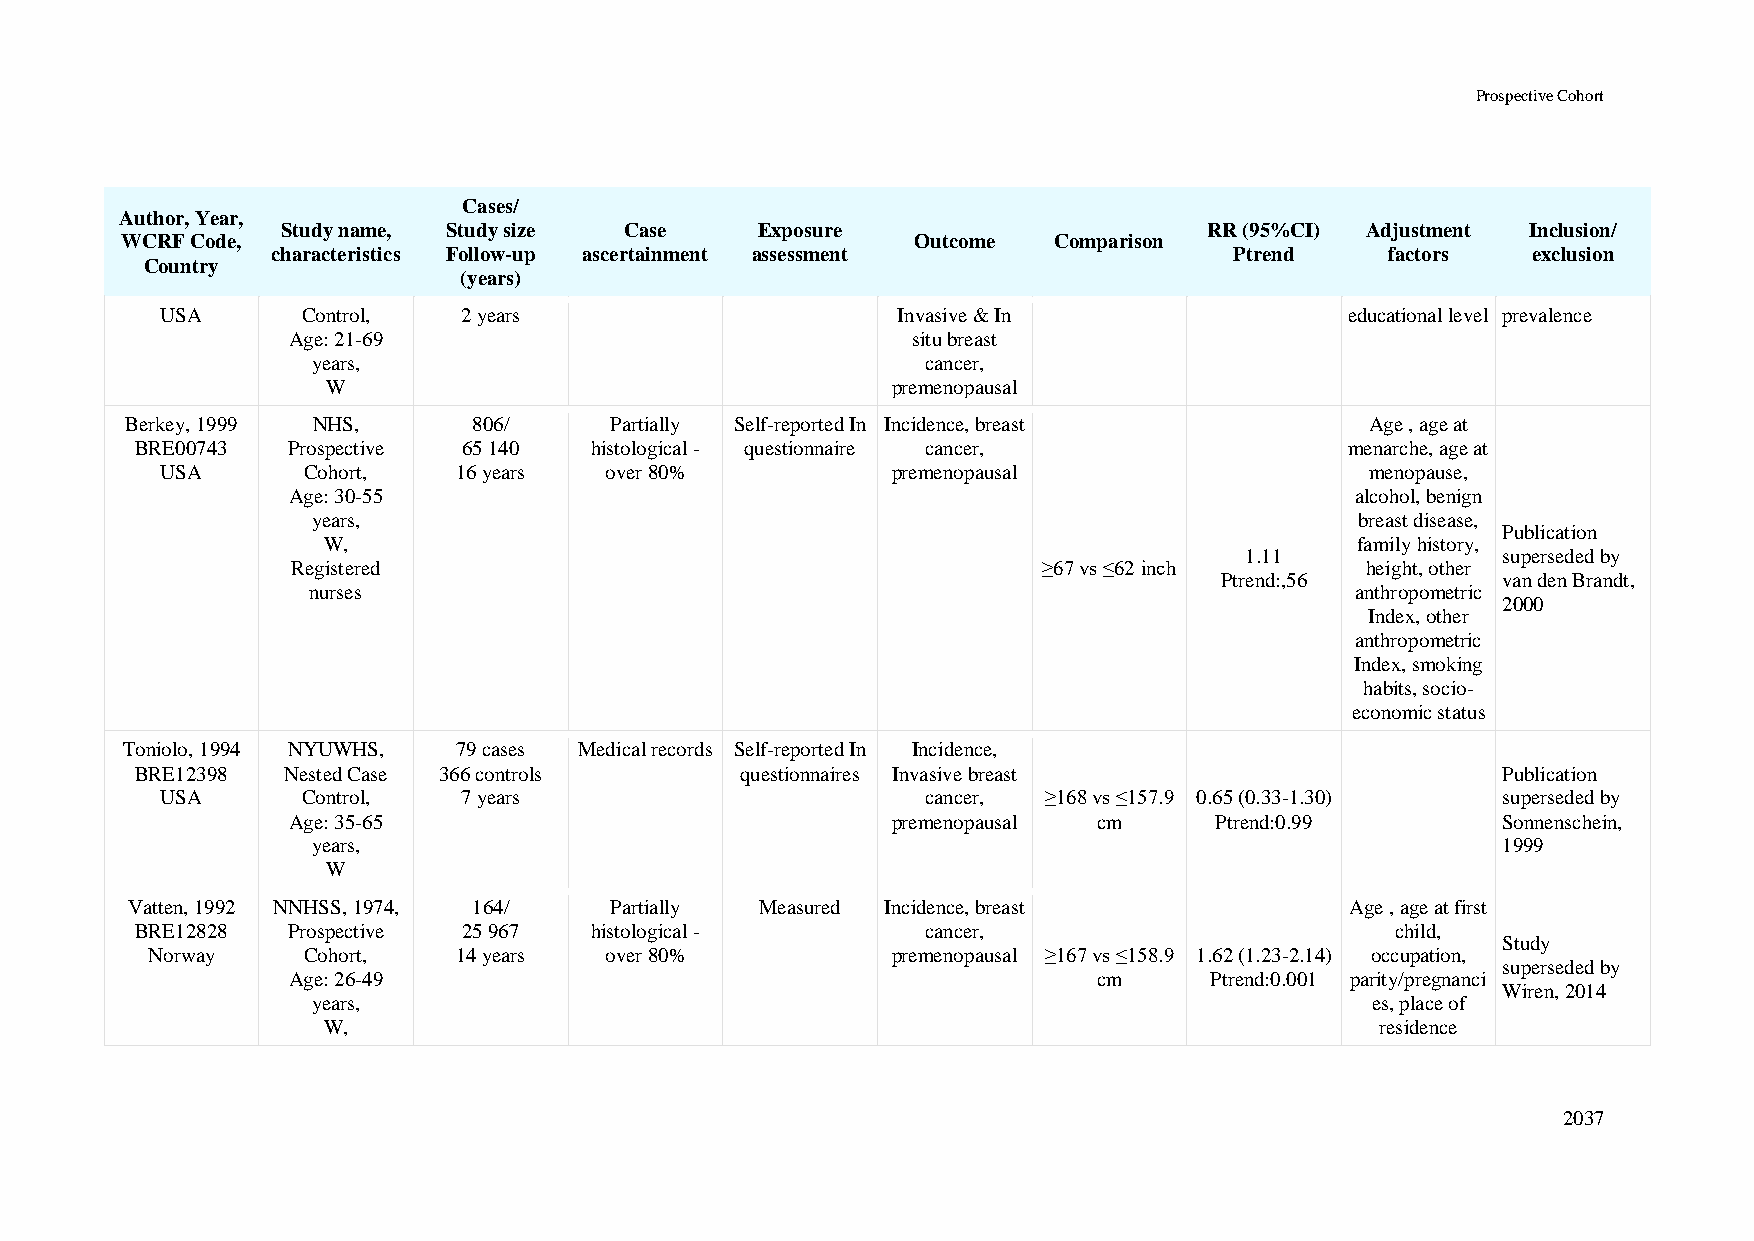
Prospective Cohort
 Cases/
 Author, Year,
 Study name, Study size Case    Exposure                      RR (95%CI) Adjustment Inclusion/
 WCRF Code,                                           Outcome  Comparison
 characteristics Follow-up ascertainment assessment              Ptrend    factors  exclusion
 Country
 (years)
 USA      Control,   2 years                     Invasive & In                 educational level prevalence
 Age: 21-69                               situ breast
 years,                                  cancer,
 W                                    premenopausal
 Berkey, 1999 NHS,      806/     Partially Self-reported In Incidence, breast       Age , age at
 BRE00743  Prospective 65 140  histological - questionnaire cancer,              menarche, age at
 USA      Cohort,   16 years  over 80%           premenopausal                   menopause,
 Age: 30-55                                                             alcohol, benign
 years,                                                               breast disease,
 Publication
 W,                                                                   family history,
 1.11             superseded by
 Registered                                        ≥67 vs ≤62 inch      height, other
 Ptrend:,56        van den Brandt,
 nurses                                                                anthropometric
 2000
 Index, other
 anthropometric
 Index, smoking
 habits, socio-
 economic status
 Toniolo, 1994 NYUWHS, 79 cases Medical records Self-reported In Incidence,
 BRE12398  Nested Case 366 controls      questionnaires Invasive breast                    Publication
 USA      Control,   7 years                       cancer, ≥168 vs ≤157.9 0.65 (0.33-1.30) superseded by
 Age: 35-65                              premenopausal cm     Ptrend:0.99        Sonnenschein,
 years,                                                                        1999
 W
 Vatten, 1992 NNHSS, 1974, 164/  Partially Measured Incidence, breast             Age , age at first
 BRE12828  Prospective 25 967  histological -        cancer,                        child,
 Study
 Norway    Cohort,   14 years  over 80%           premenopausal ≥167 vs ≤158.9 1.62 (1.23-2.14) occupation,
 superseded by
 Age: 26-49                                            cm     Ptrend:0.001 parity/pregnanci
 Wiren, 2014
 years,                                                                es, place of
 W,                                                                    residence
 2037